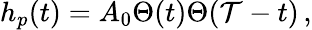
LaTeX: h_{p}(t)=A_{0}\Theta(t)\Theta(\mathcal{T}-t)\, ,